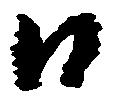
日